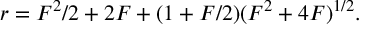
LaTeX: r = F ^ { 2 } / 2 + 2 F + ( 1 + F / 2 ) ( F ^ { 2 } + 4 F ) ^ { 1 / 2 } .